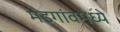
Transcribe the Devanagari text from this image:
मडगांवमध्ये